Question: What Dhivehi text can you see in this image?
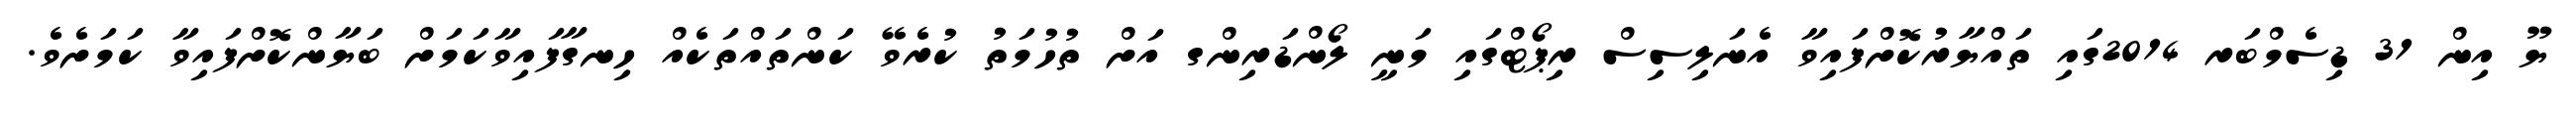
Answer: ޔޫ އިން 31 ޑިސެމްބަރ 2014ގައި ތައްޔާރުކޮށްފައިވާ އެނަލިސިސް ރިޕޯޓްގައި މަނީ ލޯންޑަރިންގ އަށް ތުހުމަތު ކުރެވޭ ކަންތައްތަކެއް ހިނގާފައިވާކަމަށް ބަޔާންކޮށްފައިވާ ކަމަށެވެ.